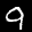
Label: 9